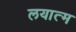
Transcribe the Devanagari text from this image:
लयात्म